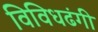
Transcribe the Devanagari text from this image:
विविधढंगी